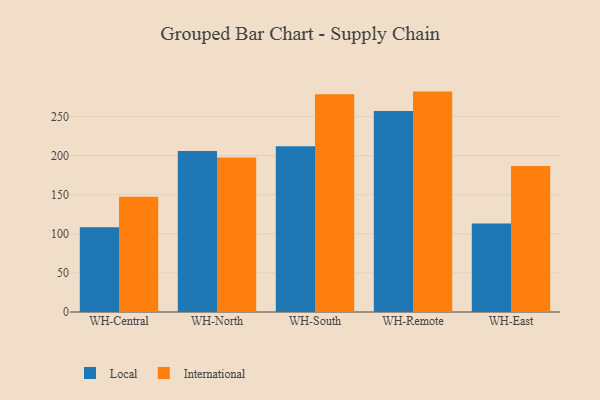
{"axis": {"x": "Warehouse", "y": "Energy Usage (MWh)"}, "legend": ["International", "Local"], "data": [{"x": "WH-Central", "y": 108.3, "type": "Local"}, {"x": "WH-Central", "y": 147.3, "type": "International"}, {"x": "WH-North", "y": 205.9, "type": "Local"}, {"x": "WH-North", "y": 197.6, "type": "International"}, {"x": "WH-South", "y": 212.1, "type": "Local"}, {"x": "WH-South", "y": 278.4, "type": "International"}, {"x": "WH-Remote", "y": 257.1, "type": "Local"}, {"x": "WH-Remote", "y": 281.9, "type": "International"}, {"x": "WH-East", "y": 113.2, "type": "Local"}, {"x": "WH-East", "y": 186.8, "type": "International"}]}